Vaccination Hyderabad 1890-1903 - 1890-1903
Year: 1890
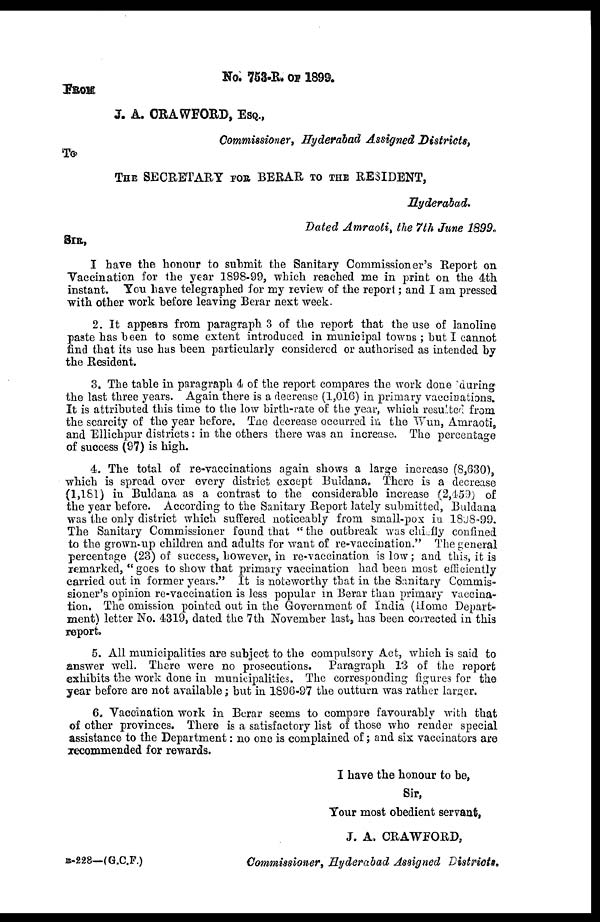
No. 753-R. OF 1899.
FROM
J. A. CRAWFORD, ESQ.,
Commissioner, Hyderabad Assigned Districts,
To
THE SECRETARY FOR BERAR TO THE RESIDENT,
Hyderabad.
Dated Amraoti, the 7th June 1899.
SIR,
I have the honour to submit the Sanitary Commissioner's Report on
Vaccination for the year 1898-99, which reached me in print on the 4th
instant. You have telegraphed for my review of the report; and I am pressed
with other work before leaving Berar next week.
2. It appears from paragraph 3 of the report that the use of lanoline
paste has been to some extent introduced in municipal towns ; but I cannot
find that its use has been particularly considered or authorised as intended by
the Resident.
3. The table in paragraph 4 of the report compares the work done during
the last three years. Again there is a decrease (1,016) in primary vaccinations.
It is attributed this time to the low birth-rate of the year, which resulted from
the scarcity of the year before. The decrease occurred in. the Wun, Amraoti,
and Ellichpur districts: in the others there was an increase. The percentage
of success (97) is high.
4. The total of re-vaccinations again shows a large increase (8,630),
which is spread over every district except Buldana. There is a decrease
(1,181) in Buldana as a contrast to the considerable increase (2,459) of
the year before. According to the Sanitary Report lately submitted, Buldana
was the only district which suffered noticeably from small-pox in 1898-99.
The Sanitary Commissioner found that " the outbreak was chiefly confined
to the grown-up children and adults for want of re-vaccination." The general
percentage (23) of success, however, in re-vaccination is low; and this, it is
remarked, " goes to show that primary vaccination had been most efficiently
carried out in former years." It is noteworthy that in the Sanitary Commis-
sioner's opinion re-vaccination is less popular in Berar than primary vaccina-
tion. The omission pointed out in the Government of India (Home Depart-
ment) letter No. 4319, dated the 7th November last, has been corrected in this
report.
5. All municipalities are subject to the compulsory Act, which is said to
answer well. There were no prosecutions. Paragraph 13 of the report
exhibits the work done in municipalities. The corresponding figures for the
year before are not available; but in 1896-97 the outturn was rather larger.
6. Vaccination work in Berar seems to compare favourably with that
of other provinces. There is a satisfactory list of those who render special
assistance to the Department: no one is complained of; and six vaccinators are
recommended for rewards.
I have the honour to be,
Sir,
Your most obedient servant,
J. A, CRAWFORD,
Commissioner, Hyderabad Assigned Districts,
B-228—(G.C.F.)